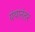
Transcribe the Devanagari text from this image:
ग्रंथानंतर